Annual report of the Central Committee of the Association together with the report of the directors of the Pasteur Institute at Kasauli
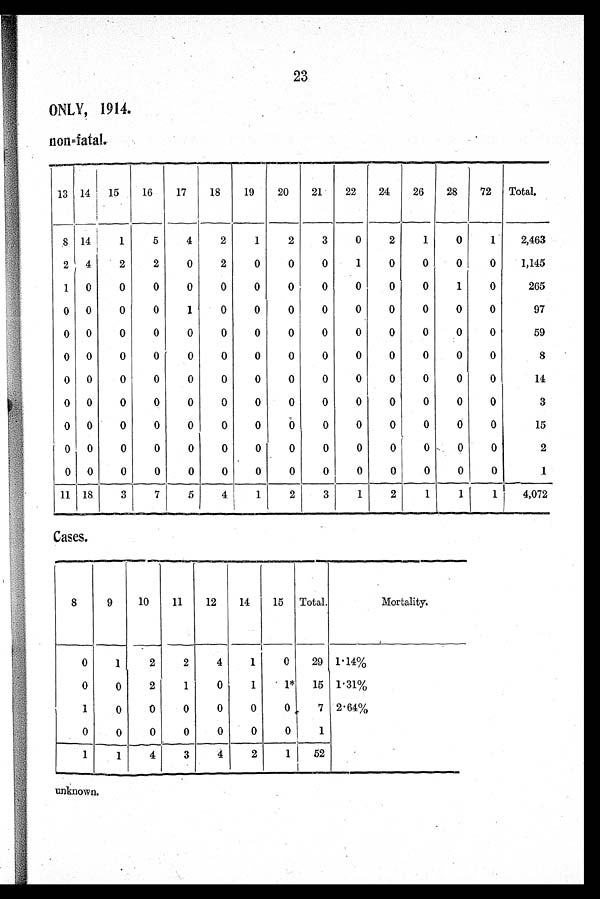
ONLY, 1914.
non=fatal.
13 14
15
16
17
18
19
20
21
22
24
26
28
72 Total.
8
14
1
5
4
2
1
2
3
0
2
1
0
1
2,463
2 4
2
2
0
2
0
0
0
1
0
0
0
1,145
1 0
0
0
0
0
0
0
0
0
0
0
1
0
265
0 0
0
0
1
0
0
0
0
0
0
0
0
0
97
0 0
0
0
0
0
0
0
0
0
0
0
0
0
59
0 0
0
0
0
0
0
0
0
0
0
0
0
0
8
0 0
0
0
0
0
0
0
0
0
0
0
0
0
14
0 0
0
0
0
0
0
0
0
0
0
0
0
0
3
0 0
0
0
0
0
0
0
0
0
0
0
0
15
0
0
0
0
0
0
0
0
0
0
0
0
0
0
2
0
0
0
0
0
0
0
0
0
0
0
0
0
0
1
11 18
3
7
5
4
1
2
3
1
2
1
1
1
4,072
Cases.
8
9
10
11
12
14
15
Total.
Mortality.
0
1
2
2
4
1
0
29 1.14%
0
0
2
1
0
1
1
15 1.31%
1
0
0
0
0
0
0
7 2.64%
0
0
0
0
0
0
0
1
1
1
4
3
4
2
1
52
unknown.